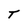
Character: T